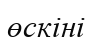
өскіні